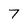
Character: 7